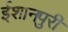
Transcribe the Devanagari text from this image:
ईशानपुरी